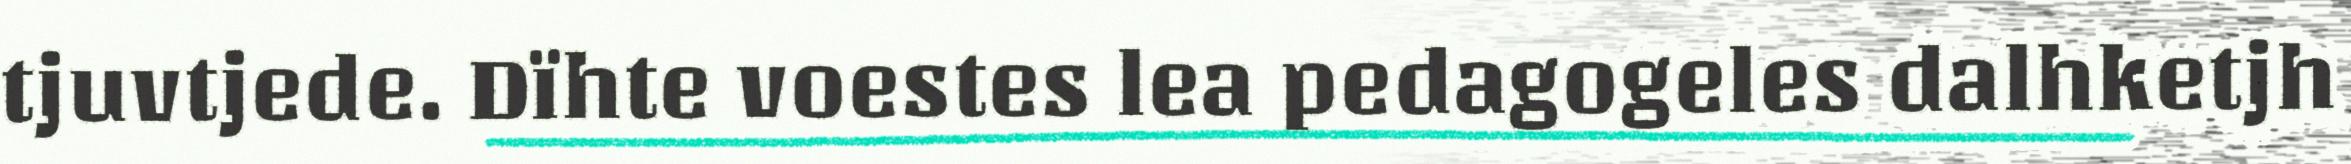
tjuvtjede. Dïhte voestes lea pedagogeles dalhketjh